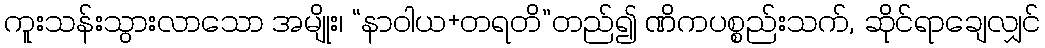
ကူးသန်းသွားလာသော အမျိုး၊ “နာဝါယ+တရတိ”တည်၍ ဏိကပစ္စည်းသက်, ဆိုင်ရာချေလျှင်